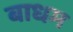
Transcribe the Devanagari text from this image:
बाधम